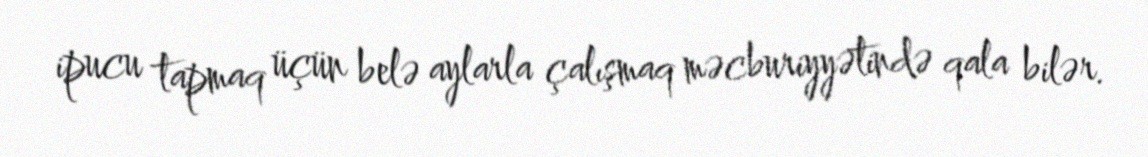
ipucu tapmaq üçün belə aylarla çalışmaq məcburiyyətində qala bilər.